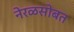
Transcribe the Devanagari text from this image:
नेरळसोबत